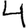
Digit: 4